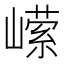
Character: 𭗗